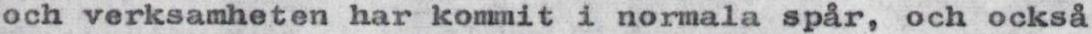
och verksamheten har kommit i normala spår, och också